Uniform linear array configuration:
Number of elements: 24
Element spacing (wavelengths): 0.75
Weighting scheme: blackman
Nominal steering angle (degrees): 45
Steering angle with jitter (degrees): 46.29
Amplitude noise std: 0.05
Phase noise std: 0.05

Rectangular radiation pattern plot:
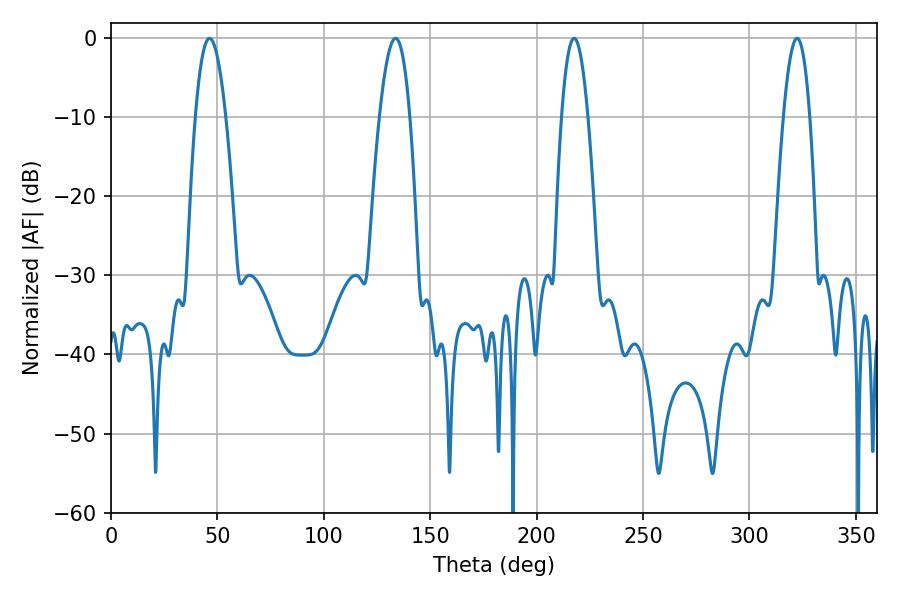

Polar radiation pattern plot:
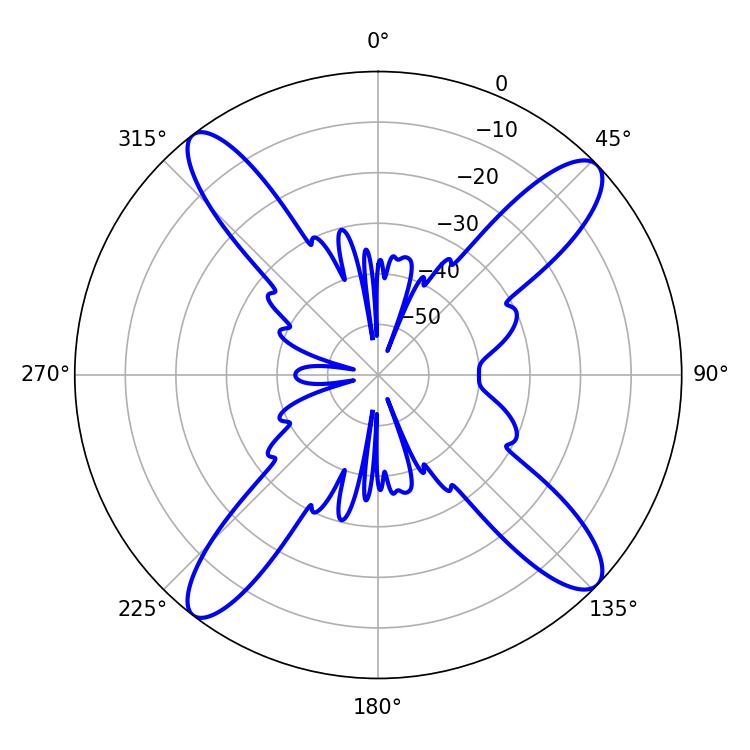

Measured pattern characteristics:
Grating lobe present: TRUE
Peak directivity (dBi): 15.428
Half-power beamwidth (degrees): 6.66
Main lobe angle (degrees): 217.62